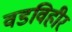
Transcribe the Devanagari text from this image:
वडविहीर